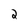
Character: 2